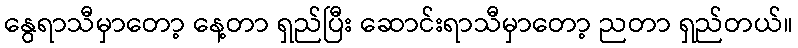
နွေရာသီမှာတော့ နေ့တာ ရှည်ပြီး ဆောင်းရာသီမှာတော့ ညတာ ရှည်တယ်။